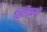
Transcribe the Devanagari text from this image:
खिड्कियों